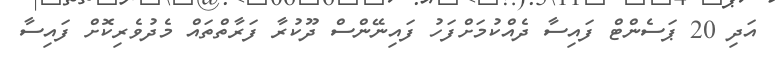
އަދި 20 ޕަސެންޓް ފައިސާ ދެއްކުމަށްފަހު ފައިނޭންސް ދޫކުރާ ފަރާތްތައް މެދުވެރިކޮށް ފައިސާ